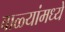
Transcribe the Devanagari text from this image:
वाळ्यांमध्ये